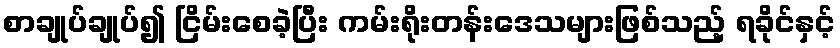
စာချုပ်ချုပ်၍ ငြိမ်းစေခဲ့ပြီး ကမ်းရိုးတန်းဒေသများဖြစ်သည့် ရခိုင်နှင့်